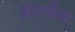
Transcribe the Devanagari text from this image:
इंटरफेंस